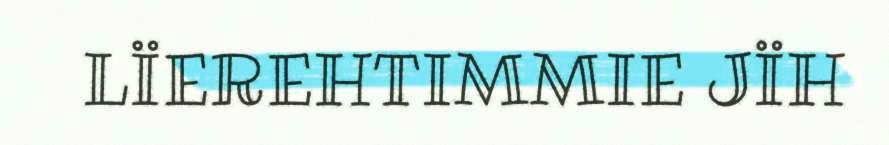
LÏEREHTIMMIE JÏH